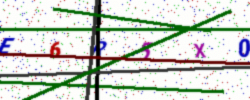
Text: E6R5X0